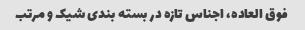
فوق العاده، اجناس تازه در بسته بندى شیک و مرتب